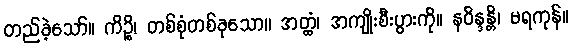
တည်ခဲ့သော်။ ကိဉ္စိ၊ တစ်စုံတစ်ခုသော။ အတ္ထံ၊ အကျိုးစီးပွားကို။ နဝိန္ဒန္တိ၊ မရကုန်။